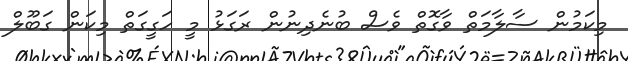
މިކަމުން ސާލާމަތް ވާގޮތް ވެސް ބުނެދިނުން ރަގަޅު މީ ހަގީގަތް މިކަން ގަބޫލް